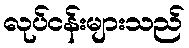
လုပ်ငန်းများသည်